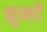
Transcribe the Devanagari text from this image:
द्यूमाँ